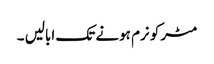
مٹر کو نرم ہونے تک ابالیں ۔